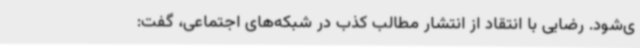
ی‌شود. رضایی با انتقاد از انتشار مطالب کذب در شبکه‌های اجتماعی، گفت: